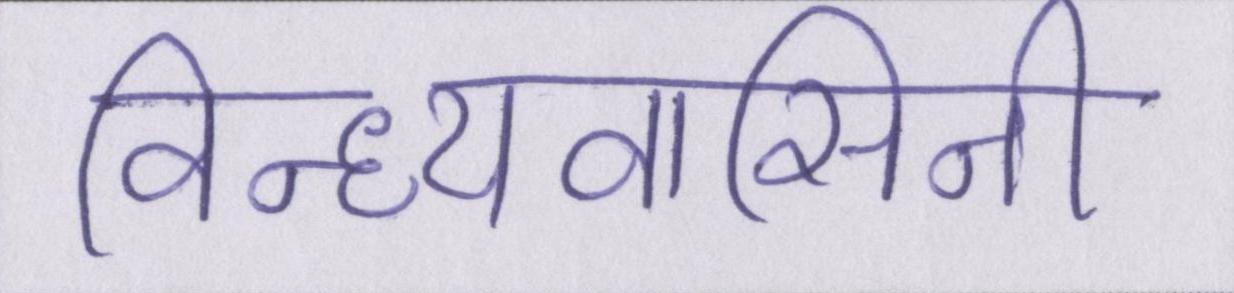
विन्ध्यवासिनी